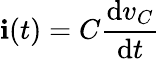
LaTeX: \mathbf{i}(t)=C{\frac{{\mathrm{{d}}v_{C}}}{{\mathrm{{d}}t}}}